Subject: stat
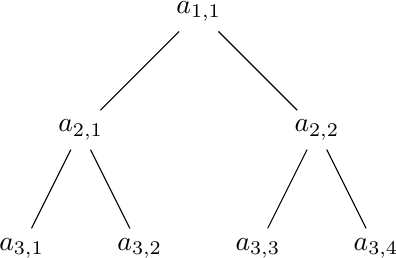
LaTeX code:
\begin{tikzpicture}[level distance=1.5cm,
  level 1/.style={sibling distance=3cm},
  level 2/.style={sibling distance=1.5cm}]
  \node {$a_{1,1}$}
    child {node {$a_{2,1}$}
      child {node {$a_{3,1}$}}
      child {node {$a_{3,2}$}}
    }
    child {node {$a_{2,2}$}
    child {node {$a_{3,3}$}}
      child {node {$a_{3,4}$}}
    };
\end{tikzpicture}